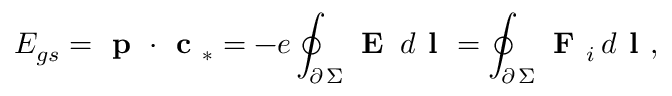
E _ { g s } = \textbf { p } \cdot \textbf { c } _ { * } = - e \oint _ { \scriptstyle \partial \, \Sigma } \textbf { E } \, d \textbf { l } = \oint _ { \scriptstyle \partial \, \Sigma } \textbf { F } _ { i } \, d \textbf { l } ,